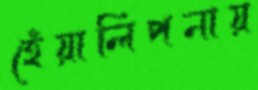
হেঁয়ালিপনায়